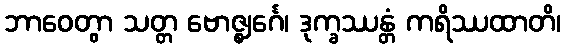
ဘာဝေတွာ သတ္တ ဗောဇ္ဈင်္ဂေ၊ ဒုက္ခဿန္တံ ကရိဿထာတိ၊